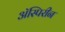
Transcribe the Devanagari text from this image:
ॲस्पिरीन